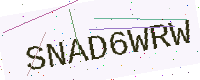
Text: SNAD6WRW